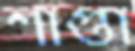
শাপ্তা